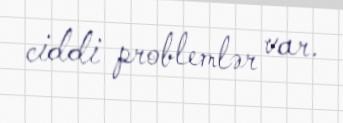
ciddi problemlər var.